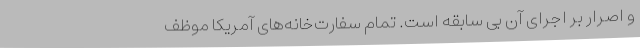
و اصرار بر اجرای آن بی سابقه است. تمام سفارت‌خانه‌های آمریکا موظف